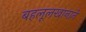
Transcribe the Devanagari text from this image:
बहलूलखानाने